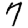
Digit: 7